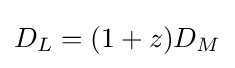
D_{L}=(1+z)D_{M}